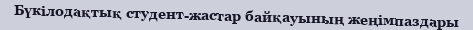
Бүкілодақтық студент-жастар байқауының жеңімпаздары